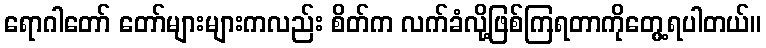
ရောဂါတော် တော်များများကလည်း စိတ်က လက်ခံလို့ဖြစ်ကြရတာကိုတွေ့ရပါတယ်။